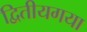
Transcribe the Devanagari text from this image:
द्वितीयगया